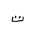
Letter: _ta